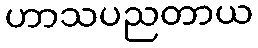
ဟာသပညတာယ